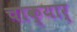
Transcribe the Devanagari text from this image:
चाक्यार्